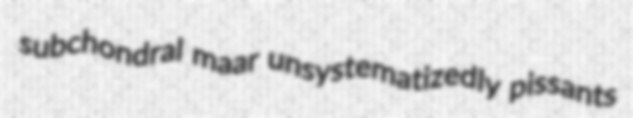
subchondral maar unsystematizedly pissants